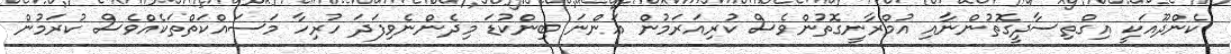
ކެންދޫއަކީ އިގްތިސާދީގޮތުންނާއި އުމްރާނީގޮތުންވެސް ކުރިއަރަމުން އަންނަ ބިންކުޑަ މިދެންނެވިފަދަ ހުރިހާ މަސައްކަތްތަކެއްވެސް ކުރަމުން